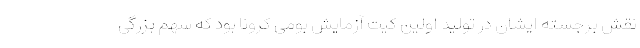
نقش برجسته ایشان در تولید اولین کیت آزمایش بومی کرونا بود که سهم بزرگی